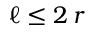
\ell \le 2 \, r